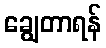
ချွေတာရန်